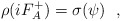
\begin{align*} \rho(iF_{A}^{+})=\sigma(\psi)~~,\end{align*}